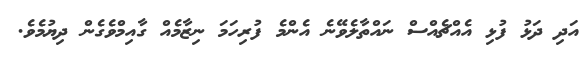
އަދި ދަޅު ފުޅި އެއްޗެއްސް ނައްތާލެވޭނެ އެންމެ ފުރިހަމަ ނިޒާމެއް ގާއިމްވެގެން ދިޔުމެވެ.